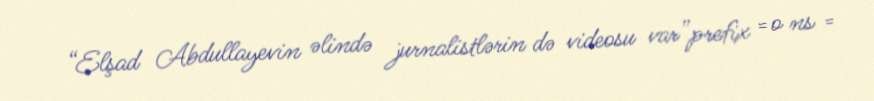
“Elşad Abdullayevin əlində jurnalistlərin də videosu var”prefix = o ns =